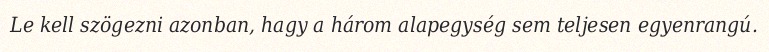
Le kell szögezni azonban, hagy a három alapegység sem teljesen egyenrangú.